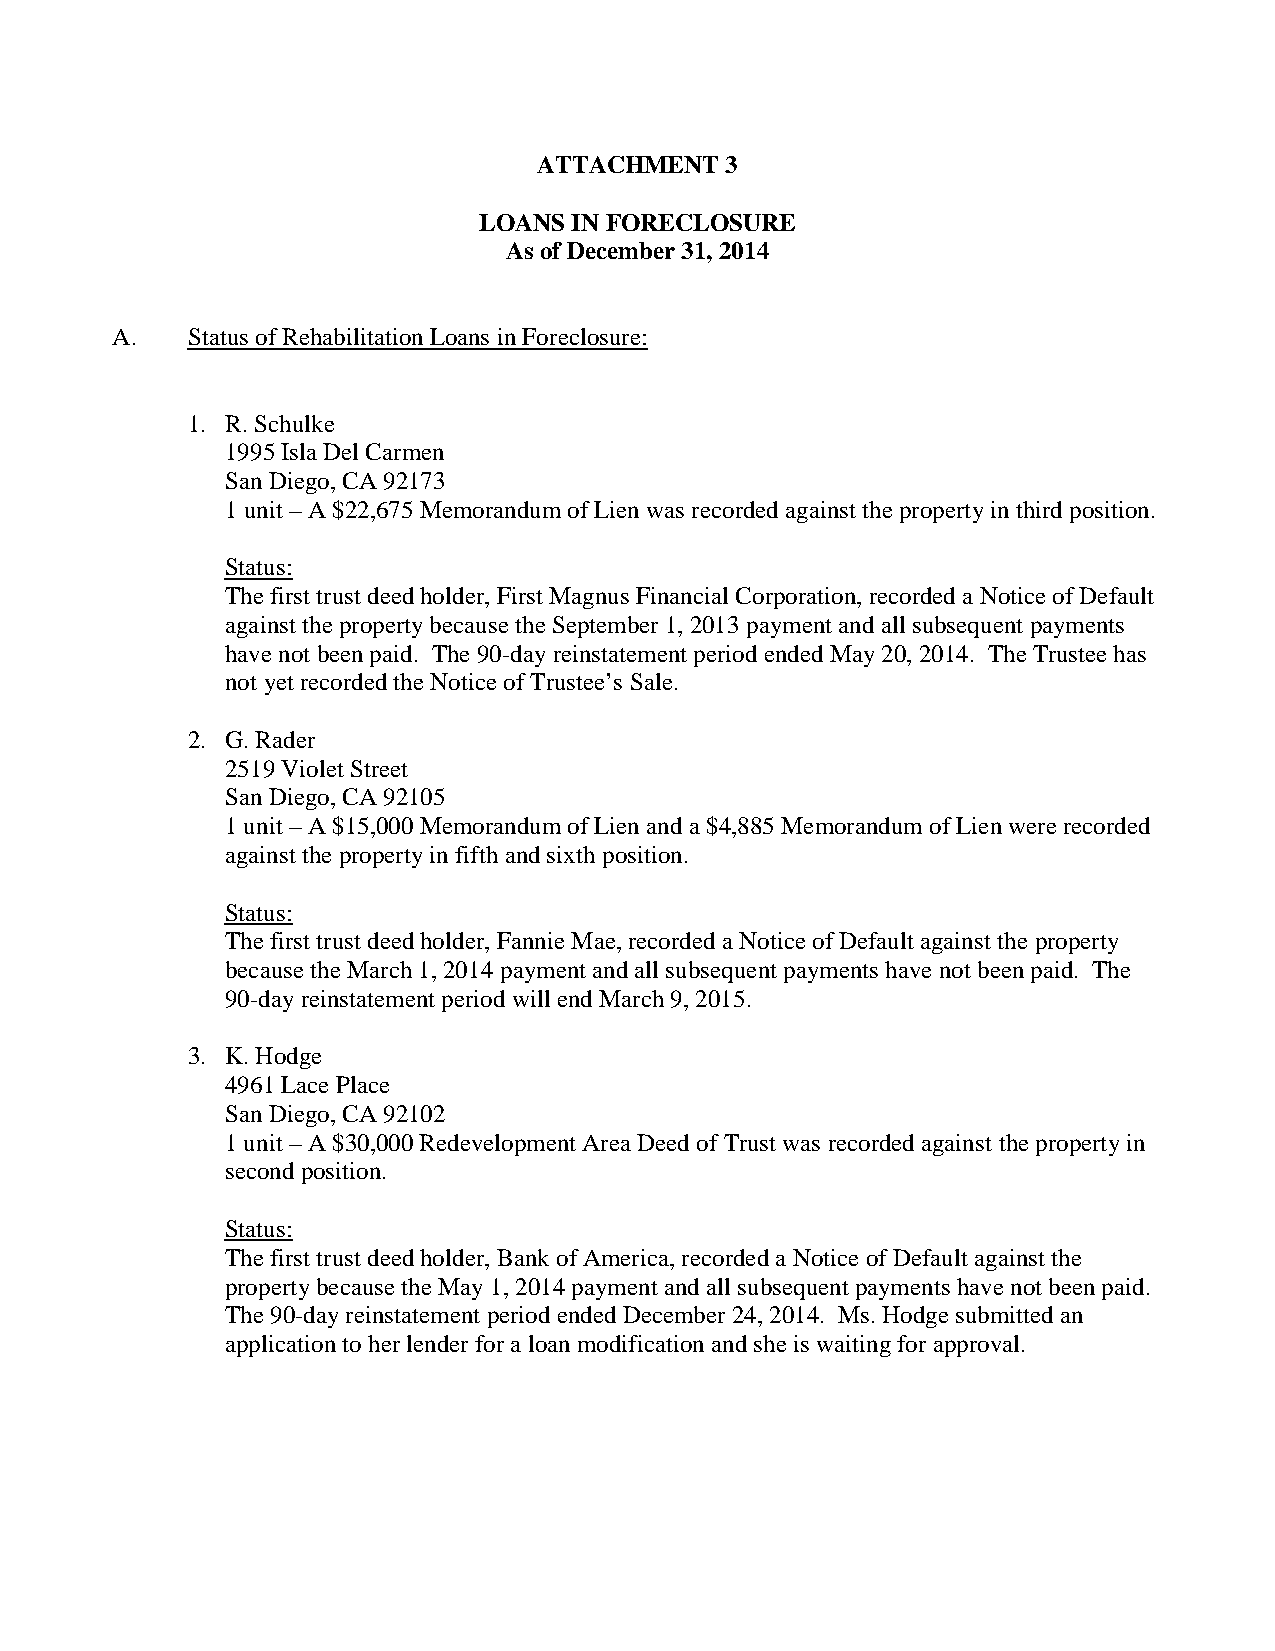
ATTACHMENT  3
 LOANS IN FORECLOSURE
 As of December 31, 2014
 A.   Status of Rehabilitation Loans in Foreclosure:
 1. R. Schulke
 1995 Isla Del Carmen
 San Diego, CA 92173
 1 unit – A $22,675 Memorandum of Lien was recorded against the property in third position.
 Status:
 The first trust deed holder, First Magnus Financial Corporation, recorded a Notice of Default
 against the property because the September 1, 2013 payment and all subsequent payments
 have not been paid. The 90-day reinstatement period ended May 20, 2014. The Trustee has
 not yet recorded the Notice of Trustee’s Sale.
 2. G. Rader
 2519 Violet Street
 San Diego, CA 92105
 1 unit – A $15,000 Memorandum of Lien and a $4,885 Memorandum of Lien were recorded
 against the property in fifth and sixth position.
 Status:
 The first trust deed holder, Fannie Mae, recorded a Notice of Default against the property
 because the March 1, 2014 payment and all subsequent payments have not been paid. The
 90-day reinstatement period will end March 9, 2015.
 3. K. Hodge
 4961 Lace Place
 San Diego, CA 92102
 1 unit – A $30,000 Redevelopment Area Deed of Trust was recorded against the property in
 second position.
 Status:
 The first trust deed holder, Bank of America, recorded a Notice of Default against the
 property because the May 1, 2014 payment and all subsequent payments have not been paid.
 The 90-day reinstatement period ended December 24, 2014. Ms. Hodge submitted an
 application to her lender for a loan modification and she is waiting for approval.